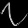
Digit: ၇